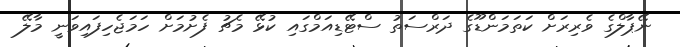
ނޭޕާލްގެ ވެރިރަށް ކަތަމަންޑޫގެ ދަރްސަތު ސްޓޭޑިއަމްގައި ކުޅޭ މެޗު ފެށުމަށް ހަމަޖެހިފައިވަނީ މާލޭ